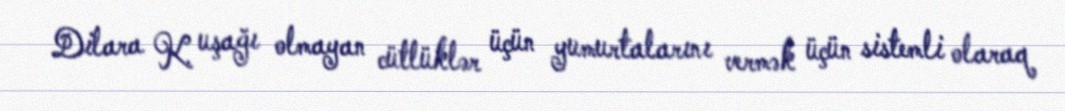
Dilara K. uşağı olmayan cütlüklər üçün yumurtalarını vermək üçün sistemli olaraq